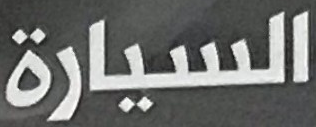
السيارة